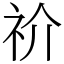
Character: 祄